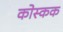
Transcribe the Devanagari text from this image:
कोस्कक